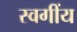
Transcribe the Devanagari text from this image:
स्वगींय